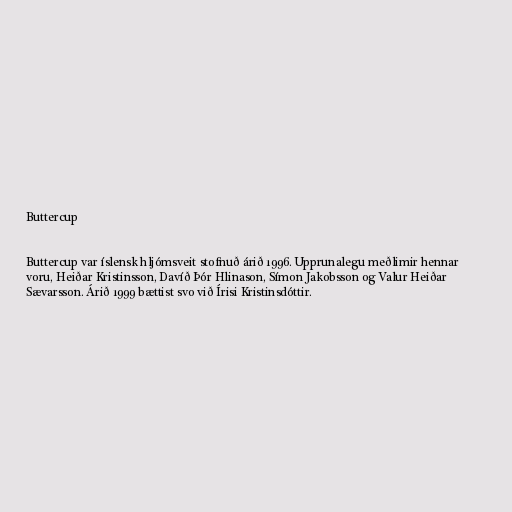
Buttercup

Buttercup var íslensk hljómsveit stofnuð árið 1996. Upprunalegu meðlimir hennar
voru, Heiðar Kristinsson, Davíð Þór Hlinason, Símon Jakobsson og Valur Heiðar
Sævarsson. Árið 1999 bættist svo við Írisi Kristinsdóttir.